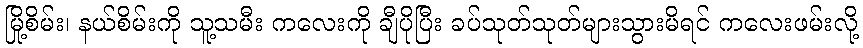
မြို့စိမ်း၊ နယ်စိမ်းကို သူ့သမီး ကလေးကို ချီပိုပြီး ခပ်သုတ်သုတ်များသွားမိရင် ကလေးဖမ်းလို့